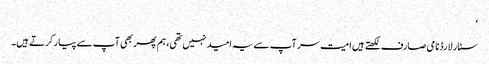
‘
سٹار لارڈ نامی صارف لکھتے ہیں امیت سر آپ سے یہ امید نہیں تھی، ہم پھر بھی آپ سے پیار کرتے ہیں۔